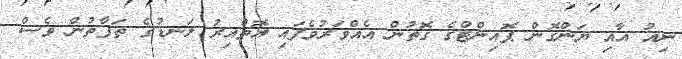
ނިއު އާއި ޔަންގޮން ޕޮއިންޓްގެ ގޮތުން އެއްވަރުވެފައި އޮތްއިރު ލަނޑުގެ ތަފާތުން ވެސް